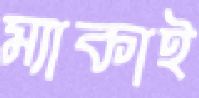
ম্যাকাই